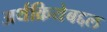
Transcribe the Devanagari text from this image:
अर्थक्रियेबद्दल